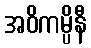
အဝိကမ္ပိနီ